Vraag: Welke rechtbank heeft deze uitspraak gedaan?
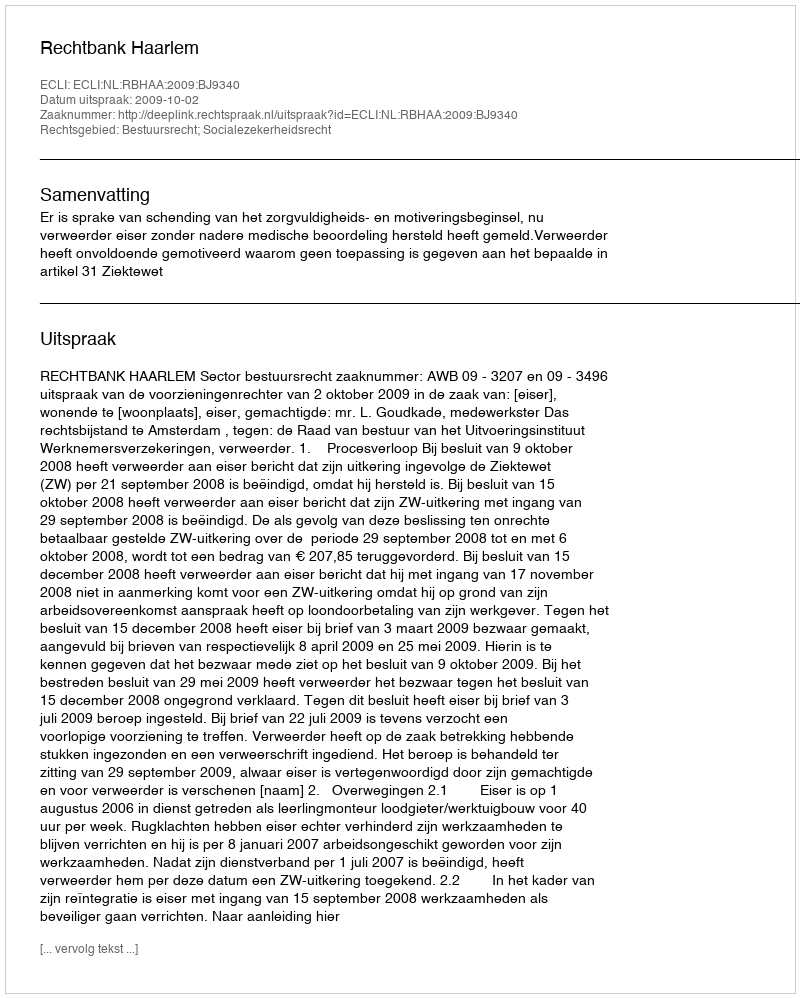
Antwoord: Rechtbank Haarlem